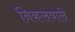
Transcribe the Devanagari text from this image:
निकलवाले